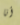
أنا